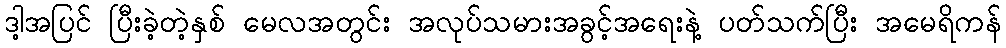
ဒါ့အပြင် ပြီးခဲ့တဲ့နှစ် မေလအတွင်း အလုပ်သမားအခွင့်အရေးနဲ့ ပတ်သက်ပြီး အမေရိကန်